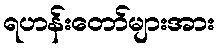
ရဟန်းတော်များအား